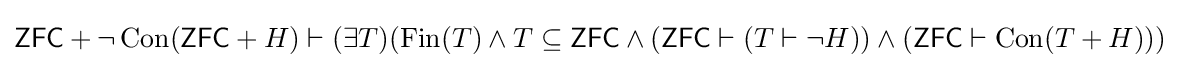
{\mathsf {ZFC}}+\lnot \operatorname {Con} ({\mathsf {ZFC}}+H)\vdash (\exists T)(\operatorname {Fin} (T)\land T\subseteq {\mathsf {ZFC}}\land ({\mathsf {ZFC}}\vdash (T\vdash \lnot H))\land ({\mathsf {ZFC}}\vdash \operatorname {Con} (T+H)))